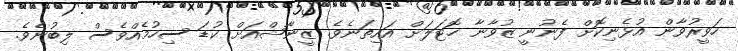
ހަވީރުވާން އުޅެނިކޮށް ފެނުނީ ޒުވާނާ ހޮޓަލަށް އައިތަނެވެ. ޒީނާޝްއަށް ކުޑަ ސިހުމެއްވެސް ލިބުނެވެ.